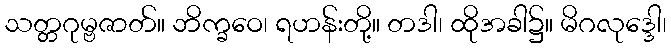
သတ္တဂုမ္ဗဇာတ်။ ဘိက္ခဝေ၊ ရဟန်းတို့။ တဒါ၊ ထိုအခါ၌။ မိဂလုဒ္ဒေါ၊